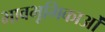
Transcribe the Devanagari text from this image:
भावभूमिकाओं